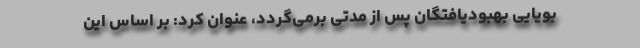
بویایی بهبودیافتگان پس از مدتی برمی‌گردد، عنوان کرد: بر اساس این